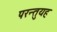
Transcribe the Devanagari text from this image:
परन्तुयह